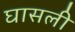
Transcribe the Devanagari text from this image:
घासली